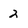
Character: 2